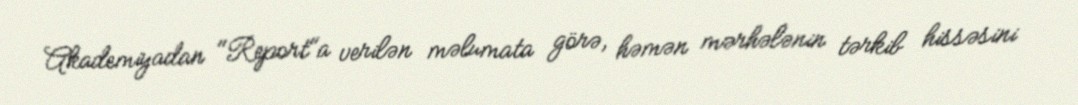
Akademiyadan "Report"a verilən məlumata görə, həmən mərhələnin tərkib hissəsini